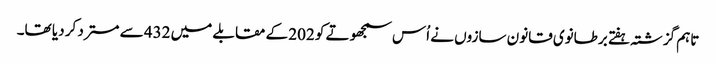
تاہم گزشتہ ہفتے برطانوی قانون سازوں نے اُس سمجھوتے کو 202 کے مقابلے میں 432 سے مسترد کر دیا تھا۔